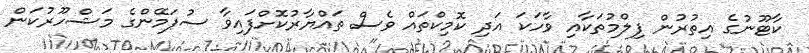
ކާޓޫނުގެ އިތުރުން ފިލްމުތަކާއި ވާހަކަ އަދި ކޮމިކްތައް ވެސް ތައްޔާރުކޮށްފައިވާ ސުޕަމޭންގެ މަޝްހޫރުކަން